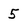
Character: 5